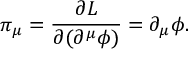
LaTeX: \pi _ { \mu } = \frac { \partial { \cal L } } { \partial ( \partial ^ { \mu } \phi ) } = \partial _ { \mu } \phi .